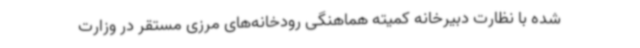
شده با نظارت دبیرخانه کمیته هماهنگی رودخانه‌های مرزی مستقر در وزارت